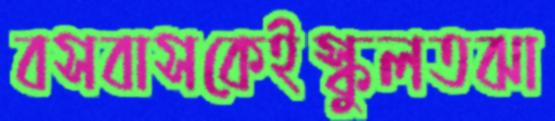
বসবাসকেইস্কুলতঝা